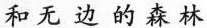
和无边的森林